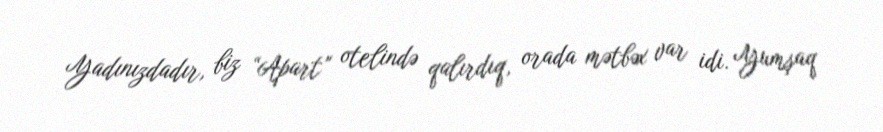
Yadınızdadır, biz “Apart” otelində qalırdıq, orada mətbəx var idi. Yumşaq